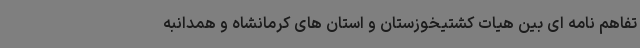
تفاهم نامه ای بین هیات کشتیخوزستان و استان های کرمانشاه و همدانبه